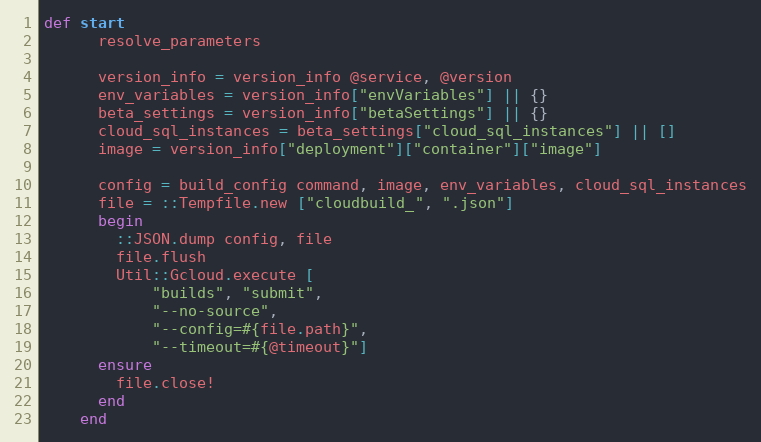
Language: Ruby
def start
      resolve_parameters

      version_info = version_info @service, @version
      env_variables = version_info["envVariables"] || {}
      beta_settings = version_info["betaSettings"] || {}
      cloud_sql_instances = beta_settings["cloud_sql_instances"] || []
      image = version_info["deployment"]["container"]["image"]

      config = build_config command, image, env_variables, cloud_sql_instances
      file = ::Tempfile.new ["cloudbuild_", ".json"]
      begin
        ::JSON.dump config, file
        file.flush
        Util::Gcloud.execute [
            "builds", "submit",
            "--no-source",
            "--config=#{file.path}",
            "--timeout=#{@timeout}"]
      ensure
        file.close!
      end
    end